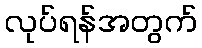
လုပ်ရန်အတွက်